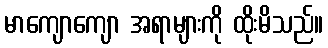
မာကျောကျော အရာများကို ထိုးမိသည်။